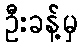
ဦးခန့်မှ